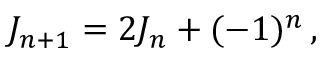
J _ { n + 1 } = 2 J _ { n } + ( - 1 ) ^ { n } \, ,